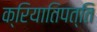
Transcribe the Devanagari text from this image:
क्रियातिपत्ति